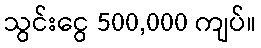
သွင်းငွေ 500,000 ကျပ်။